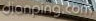
dianping.com